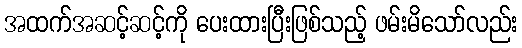
အထက်အဆင့်ဆင့်ကို ပေးထားပြီးဖြစ်သည့် ဖမ်းမိသော်လည်း